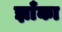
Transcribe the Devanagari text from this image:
झाँका